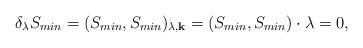
LaTeX: \begin{align*}\delta_{\lambda} S_{min} = (S_{min},S_{min})_{\lambda,{\bf k}} = ( S_{min} , S_{min} ) \cdot \lambda = 0,\end{align*}